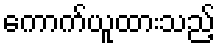
ကောက်ယူထားသည့်